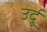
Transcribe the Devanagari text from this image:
उर्दुू